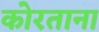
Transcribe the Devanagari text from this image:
कोरताना